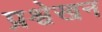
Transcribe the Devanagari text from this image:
प्रश्वेखन